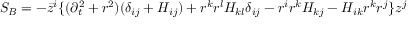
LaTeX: S _ { B } = - \bar { z } ^ { i } \{ ( \partial _ { t } ^ { 2 } + r ^ { 2 } ) ( \delta _ { i j } + H _ { i j } ) + r ^ { k } r ^ { l } H _ { k l } \delta _ { i j } - r ^ { i } r ^ { k } H _ { k j } - H _ { i k } r ^ { k } r ^ { j } \} z ^ { j }